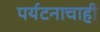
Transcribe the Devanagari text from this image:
पर्यटनाचाही